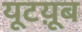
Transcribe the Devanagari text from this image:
यूटय़ूब